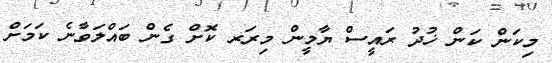
މިކަން ކަން ޚުދު ރައީސް ޔާމީން މިރަރ ކޮށް ގެން ބައްލަވާނެ ކަމަށް